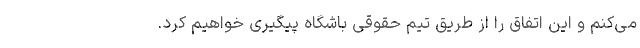
می‌کنم و این اتفاق را از طریق تیم حقوقی باشگاه پیگیری خواهیم کرد.